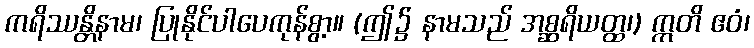
ကရိဿန္တိနာမ၊ ပြုနိုင်ပါပေကုန်စွာ့။ (ဤ၌ နာမသည် အစ္ဆရိယတ္ထ၊) ဣတိ ဧဝံ၊